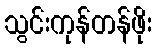
သွင်းကုန်တန်ဖိုး